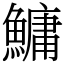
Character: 鱅